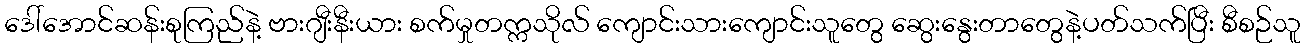
ဒေါ်အောင်ဆန်းစုကြည်နဲ့ ဗားဂျီးနီးယား စက်မှုတက္ကသိုလ် ကျောင်းသားကျောင်းသူတွေ ဆွေးနွေးတာတွေနဲ့ပတ်သက်ပြီး စီစဉ်သူ